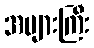
အများကြီး